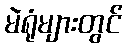
မဲရုံများတွင်